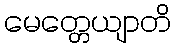
မေတ္တေယျာတိ